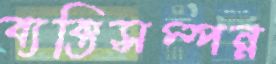
ব্যক্তিসম্পন্ন